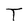
Character: T